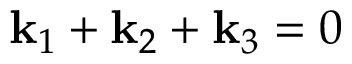
\mathbf { k } _ { 1 } + \mathbf { k } _ { 2 } + \mathbf { k } _ { 3 } = 0